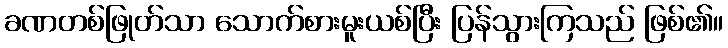
ခဏတစ်ဖြုတ်သာ သောက်စားမူးယစ်ပြီး ပြန်သွားကြသည် ဖြစ်၏။